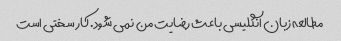
مطالعه زبان انگلیسی باعث رضایت من نمی شود. کار سختی است